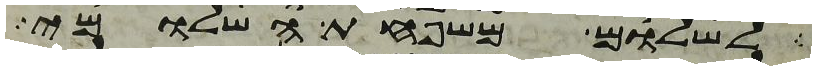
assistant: לשלום משפחת השלומי